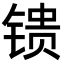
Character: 𬭢